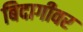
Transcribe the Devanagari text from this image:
बिदागीवर